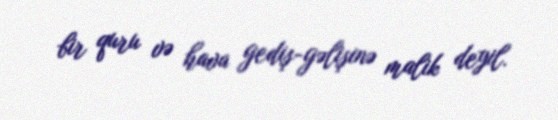
bir quru və hava gediş-gəlişinə malik deyil.